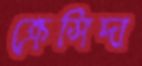
ক্রেসিদা